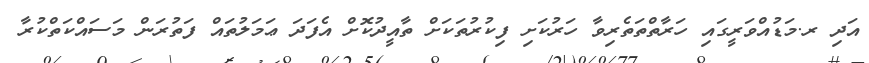
އަދި ރ.މަޑުއްވަރީގައި ހަރާތްތަތެރިވާ ހަރުކަށި ފިކުރުތަކަށް ތާއީދުކޮށް އެފަދަ ޢަމަލުތައް ފަތުރަން މަސައްކަތްކުރާ